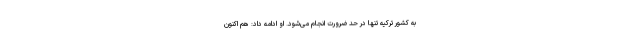
به کشور ترکیه تنها در حد ضرورت انجام می‌شود. او ادامه داد: هم اکنون